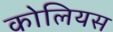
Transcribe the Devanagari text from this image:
कोलियस